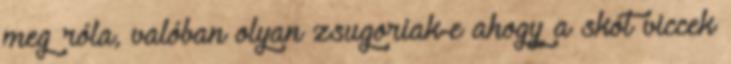
meg róla, valóban olyan zsugoriak-e ahogy a skót viccek